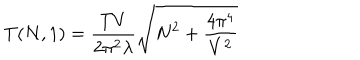
LaTeX: T ( N , 1 ) = \frac { T V } { 2 \pi ^ { 2 } \lambda } \sqrt { N ^ { 2 } + \frac { 4 \pi ^ { 4 } } { V ^ { 2 } } }